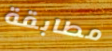
مطابقة